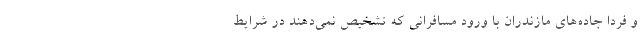
و فردا جاده‌های مازندران با ورود مسافرانی که تشخیص نمی‌دهند در شرایط